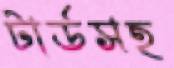
টার্ডসহ